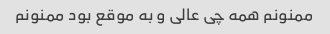
ممنونم همه چی عالی و به موقع بود ممنونم